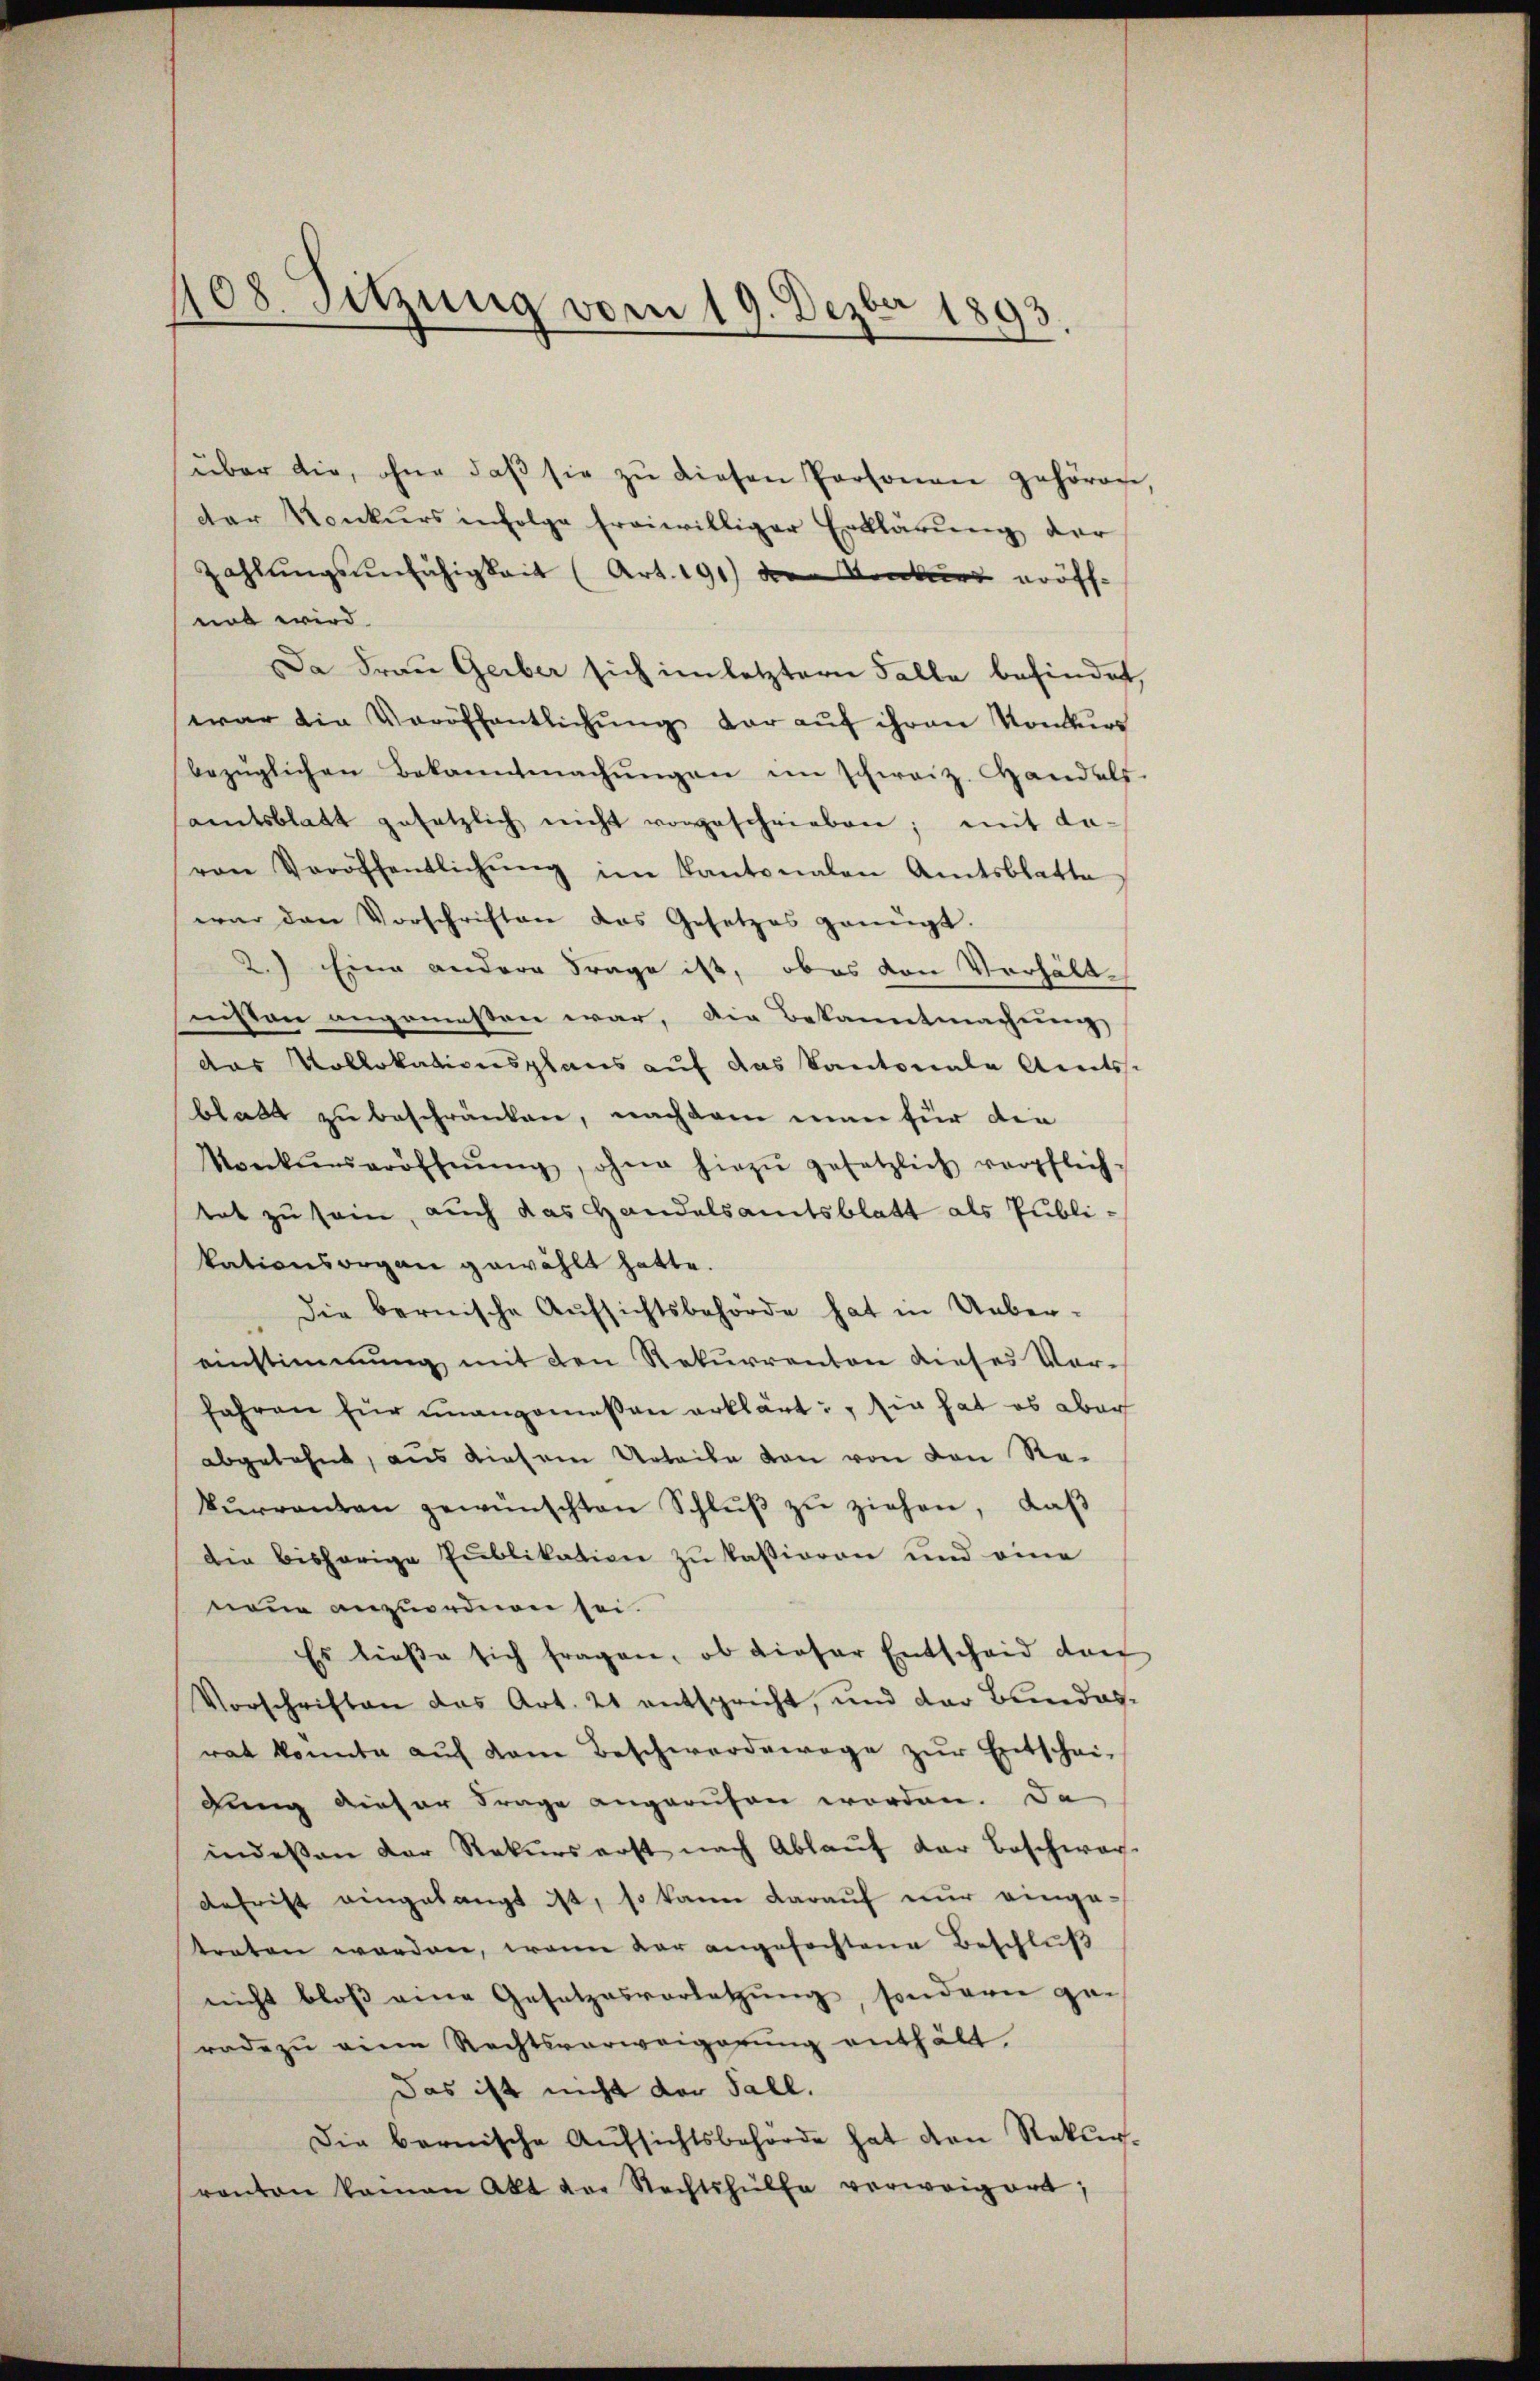
108. Sitzung vom 19. Dezbr 1893.

über die, ohne daβ sie zŭ diesen Personen gehören,
der Konkurs infolge freiwilliger Erklärung der
Zahlungsunfähigkeit (Art. 191) den Konkurs eröff-
not wird.
Da Frau Gerber sich im letztern Falle befindet,
war die Veröffentlichŭng der aŭf ihren Konkurs
bezüglichen Bekanntmachŭngen im schweiz. Handels.
amtsblatt gesetzlich nicht vorgeschrieben; mit da-
von Veröffentlichŭng im Kantonalen Amtsblatte
war den Vorschriften das Gesetzes genügt.
2.) Eine andere Frage ist, ob es von Verhältnisten angemessen war, die Bekanntmachung
das Kollokationsplans auf das Kantonale Amtss
blatt zu beschränken, nachdem man für den
Vonkŭrseröffnŭng, ohne hiezŭ gesetzlich verpflich-
tat zu sein, auch das Handelsamtsblatt als Publikationsorgen gewählt hatte.
Die bernische Aufsichtsbehörde hat in Ueber-
einstimmung mit den Rekurrenten dieses Ver-
fahren für unangemessen erklärt, sie hat es aber
abgelehnt, aus diesem Urteile von von den Rekŭrrenten gewünschten Schlŭβ zŭ ziehen, daβ
Die bisherige Publikation zu kasioren und eine
neue anzuordnen sei.
Es ließe sich fragen, ob dieser Entscheid durch
Vorschriften das Art. 21 entspricht, und der Bundesrat konnte auf dem Beschwerdewege zur Entschei-
dung dieser Frage angerufen worden. Da
indeßen der Rekurs erst nach Ablaŭf der Beschwar-
Defrist eingelangt ist, so kann darauf nur eingetraten worden, wenn dar angefochtene Beschluß
nicht bloβ eine Gesetzesvorletzŭng, sondern ge-
rade zu eine Rechtsverweigerung enthält.
Das ist nicht der Fall.
Die bernische Aufsichtsbehörde hat den Rekur-
ranton kamen Akt vor Rechtshülfe verweigert,